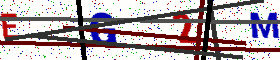
Text: EG2M